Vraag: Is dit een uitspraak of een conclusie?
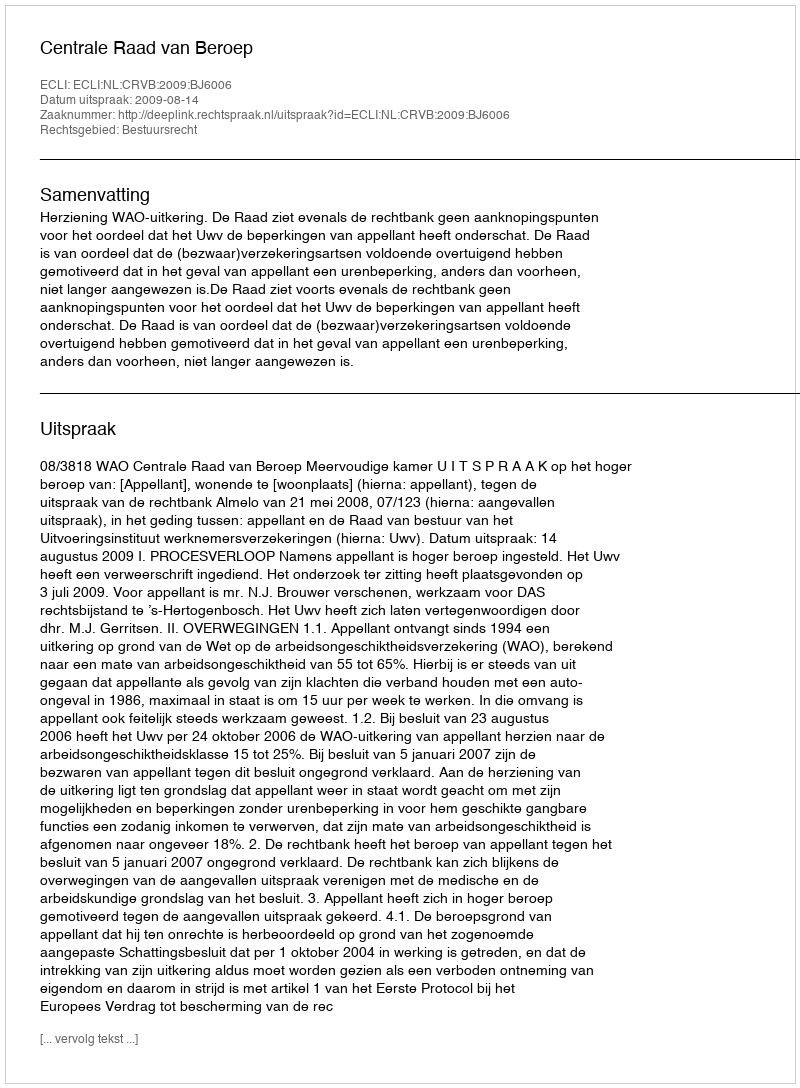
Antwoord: Uitspraak